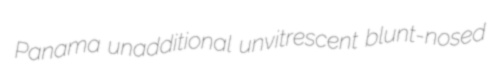
Panama unadditional unvitrescent blunt-nosed